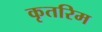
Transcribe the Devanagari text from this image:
कृतरिम